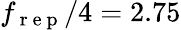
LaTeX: f_{\mathrm{~r~e~p~}}/4=2.75